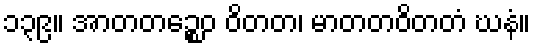
၁၃၉။ အာတတဉ္စေဝ ဝိတတ၊ မာတတဝိတတံ ဃနံ။